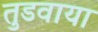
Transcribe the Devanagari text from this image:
तुडवाया